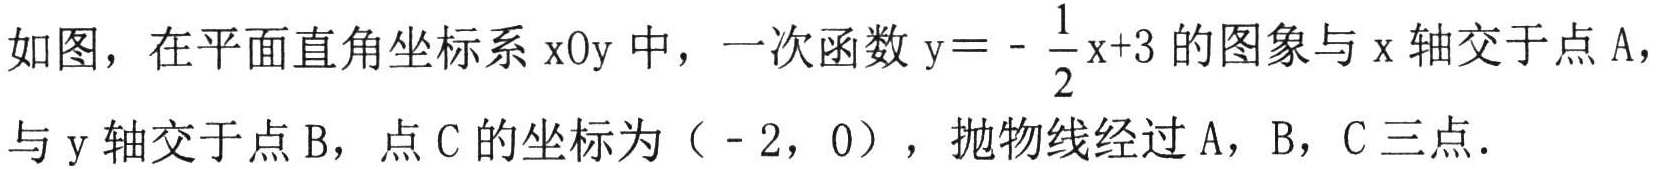
如图，在平面直角坐标系\(xOy\)中，一次函数\(y = -\frac{1}{2}x + 3\)的图象与\(x\)轴交于点\(A\)，与\(y\)轴交于点\(B\)，点\(C\)的坐标为（\(-2\)，\(0\)），抛物线经过\(A\)，\(B\)，\(C\)三点．